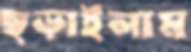
ছড়াইলাম